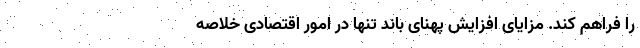
را فراهم کند. مزایای افزایش پهنای باند تنها در امور اقتصادی خلاصه